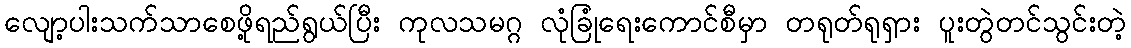
လျော့ပါးသက်သာစေဖို့ရည်ရွယ်ပြီး ကုလသမဂ္ဂ လုံခြုံရေးကောင်စီမှာ တရုတ်ရုရှား ပူးတွဲတင်သွင်းတဲ့